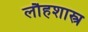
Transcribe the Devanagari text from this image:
लौहशास्त्र